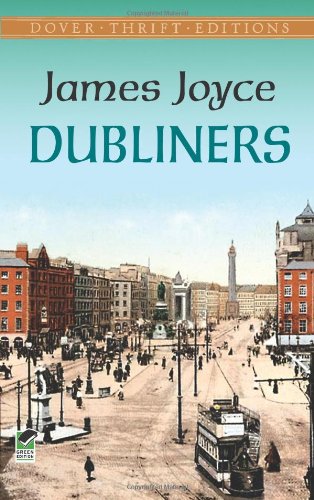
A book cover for Dubliners (Dover Thrift Editions); James Joyce; Literature & Fiction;